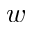
w